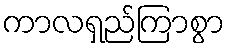
ကာလရှည်ကြာစွာ